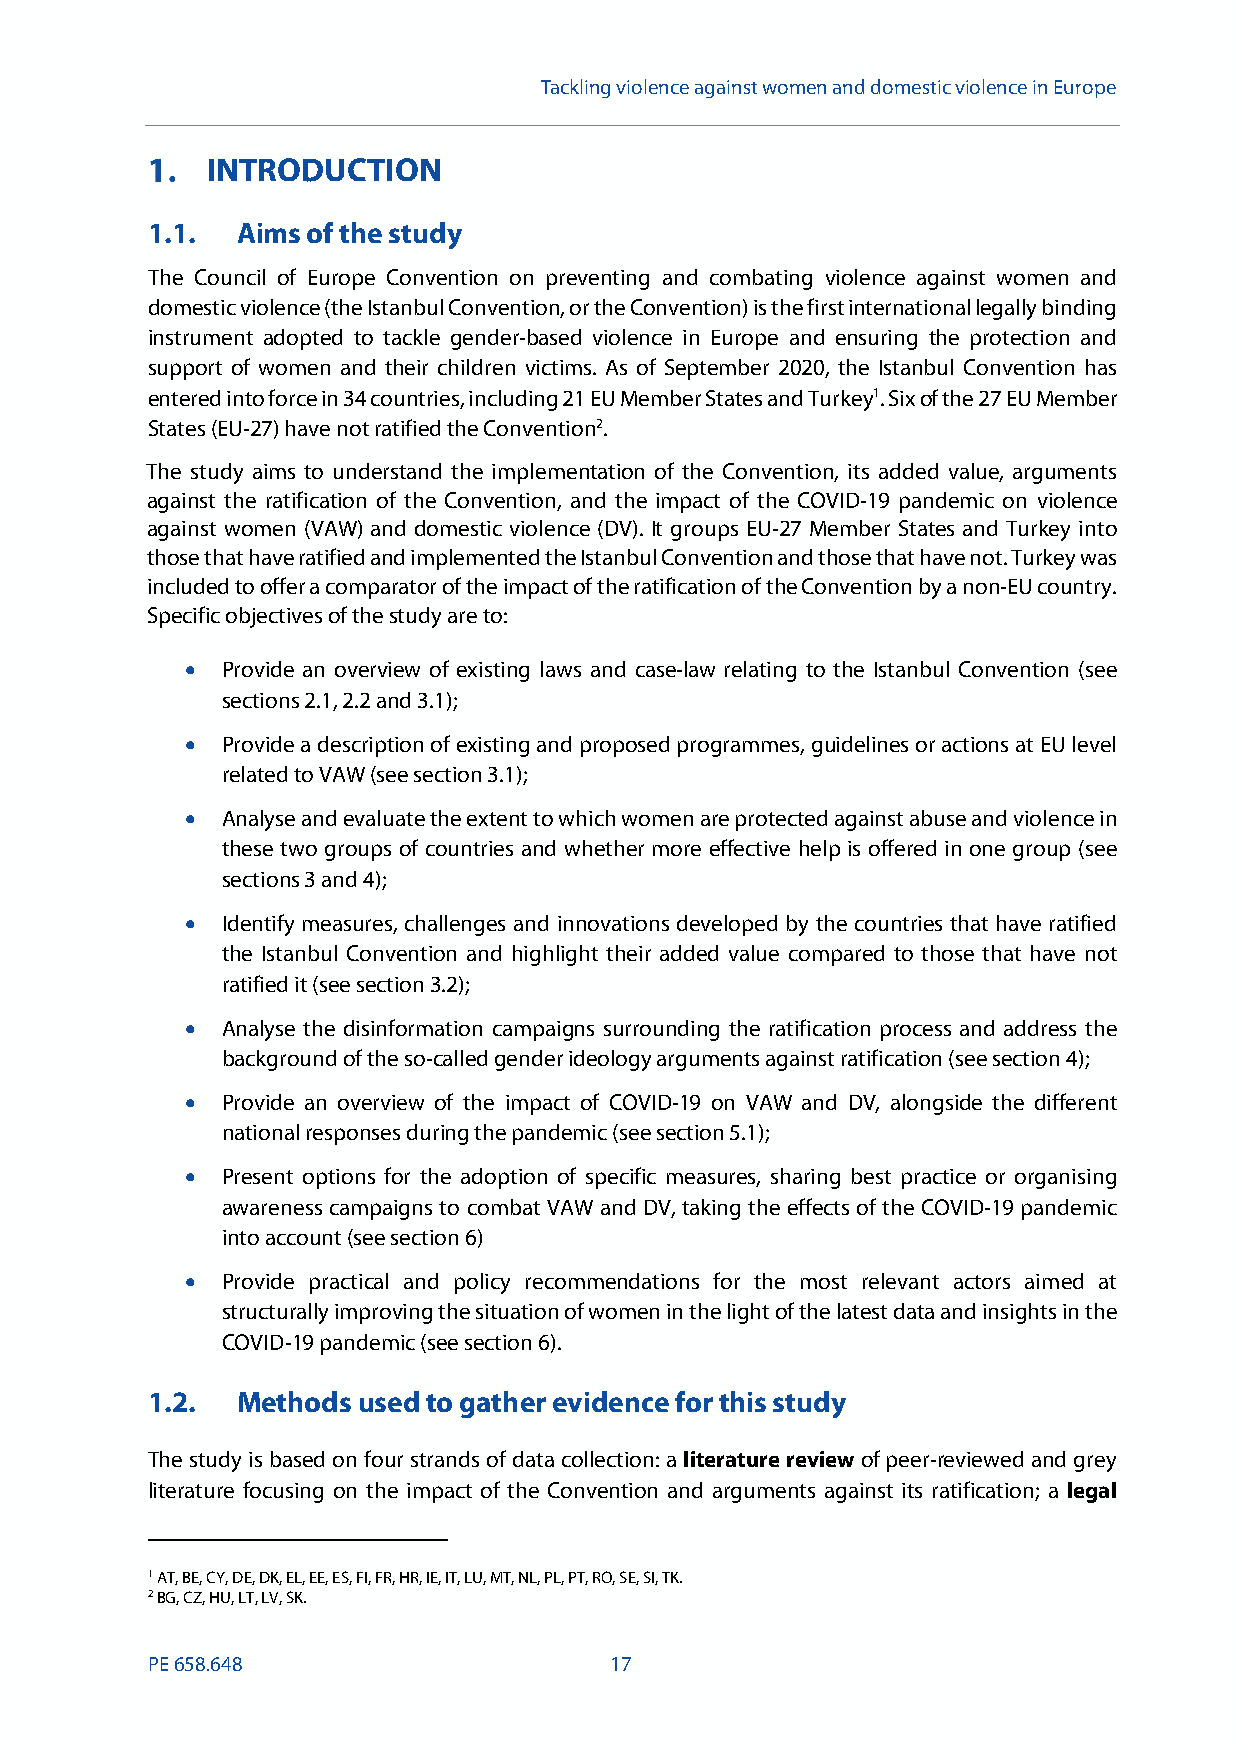
Tackling violence against women and domestic violence in Europe
 INTRODUCTION
 1.1.  Aims of the study
 The Council of Europe Convention on preventing and combating violence against women and
 domestic violence (the Istanbul Convention, or the Convention) is the firstinternationallegally binding
 instrument adopted to tackle gender-based violence in Europe and ensuring the protection and
 support of women and their children victims. As of September 2020, the Istanbul Convention has
 entered into force in 34 countries, including 21 EU Member States and Turkey1.Sixof the 27EUMember
 States(EU-27) have not ratified the Convention2.
 The study aims to understand the implementation of the Convention, its added value, arguments
 against the ratification of the Convention, and the impact of the COVID-19 pandemic on violence
 against women (VAW) and domestic violence (DV). It groups EU-27 Member States and Turkey into
 those that have ratified and implementedthe Istanbul Convention and those that have not.Turkey was
 included to offer a comparator of the impact of the ratification of the Convention by a non-EU country.
 Specific objectives of the study are to:
   Provide an overview of existing laws and case-law relating to the Istanbul Convention (see
 sections 2.1, 2.2 and 3.1);
   Provide a description of existing and proposed programmes, guidelines or actions at EU level
 related to VAW (see section 3.1);
   Analyse and evaluate the extent to which women are protected against abuse and violence in
 these two groups of countries and whether more effective help is offered in one group (see
 sections 3 and 4);
   Identify measures, challenges and innovations developed by the countries that have ratified
 the Istanbul Convention and highlight their added value compared to those that have not
 ratified it (see section 3.2);
   Analyse the disinformation campaigns surrounding the ratification process and address the
 background of the so-called gender ideology arguments against ratification (see section 4);
   Provide an overview of the impact of COVID-19 on VAW and DV, alongside the different
 national responses during the pandemic (see section 5.1);
   Present options for the adoption of specific measures, sharing best practice or organising
 awareness campaigns to combat VAW and DV, taking the effects of the COVID-19 pandemic
 into account (see section 6)
   Provide practical and policy recommendations for the most relevant actors aimed at
 structurally improving the situation of women in the light of the latest data and insights in the
 COVID-19 pandemic (see section 6).
 1.2.  Methodsusedto gather evidenceforthis study
 The study is based on four strands of data collection: aliterature reviewof peer-reviewed and grey
 literature focusing on the impact of the Convention and arguments against its ratification; a legal
 1AT, BE, CY, DE, DK, EL, EE, ES, FI, FR, HR, IE, IT, LU, MT, NL, PL, PT, RO, SE, SI, TK.
 2BG, CZ, HU, LT, LV, SK.
 PE658.648                     17